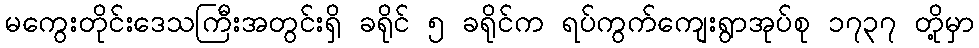
မကွေးတိုင်းဒေသကြီးအတွင်းရှိ ခရိုင် ၅ ခရိုင်က ရပ်ကွက်ကျေးရွာအုပ်စု ၁၇၃၇ တို့မှာ